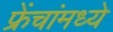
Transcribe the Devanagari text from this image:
फ्रेंचांमध्ये